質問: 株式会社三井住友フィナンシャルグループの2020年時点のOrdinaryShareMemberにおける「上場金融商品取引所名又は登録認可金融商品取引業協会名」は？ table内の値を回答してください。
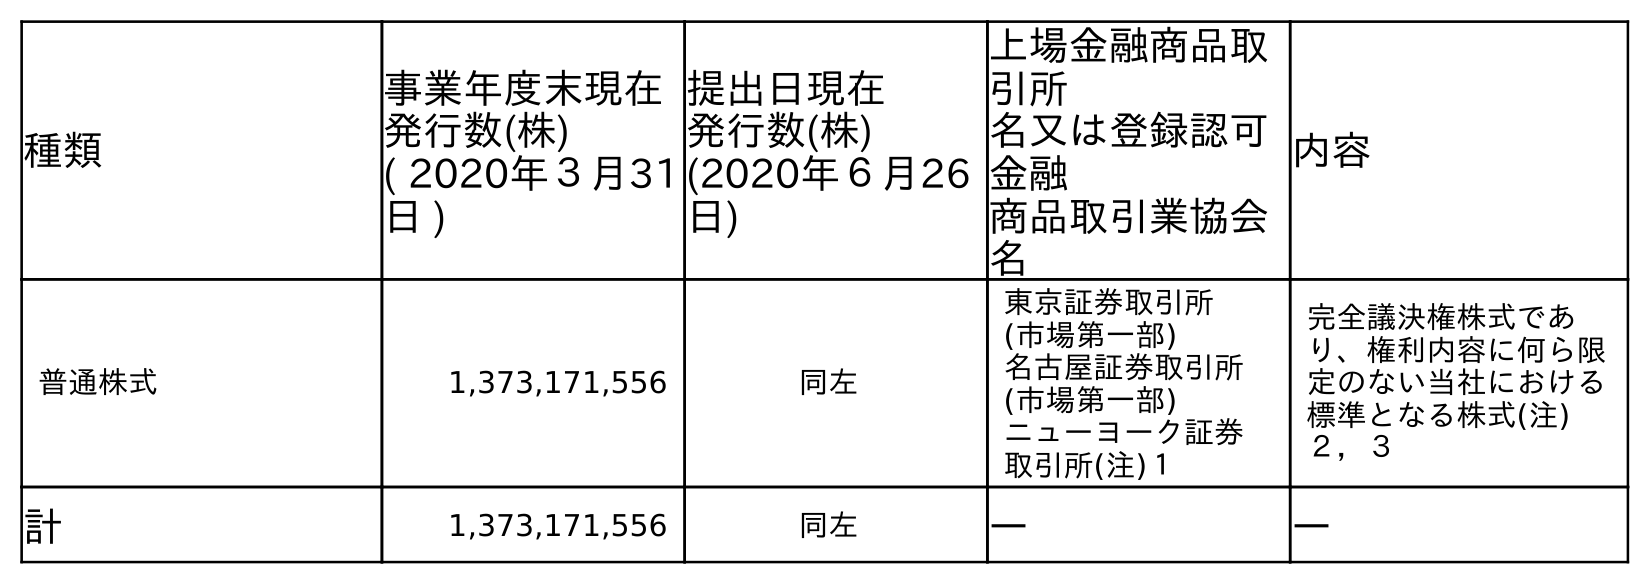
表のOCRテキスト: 種類 事業年度末現在 発行数(株) ( 2020年３月31 日 ) 提出日現在 発行数(株) (2020年６月26 日) 上場金融商品取 引所 名又は登録認可 金融 商品取引業協会 名 内容 普通株式 1,373,171,556 同左 東京証券取引所 (市場第一部) 名古屋証券取引所 (市場第一部) ニューヨーク証券 取引所(注)１ 完全議決権株式であ り、権利内容に何ら限 定のない当社における 標準となる株式(注) ２，３ 計 1,373,171,556 同左 ― ―
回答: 東京証券取引所(市場第一部)名古屋証券取引所(市場第一部)ニューヨーク証券取引所(注)１